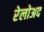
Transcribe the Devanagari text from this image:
रेलोअद